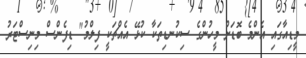
މީޑިއާގައި އެންމެ ބޮޑަށް މީހުންގެ ސިކުނޑިތަކާ ކުޅޭ އެެއްޗަކީ ފިލްމު" ޑިފެންސް މިނިސްޓަރު